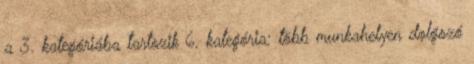
a 3. kategóriába tartozik 6. kategória: több munkahelyen dolgozó